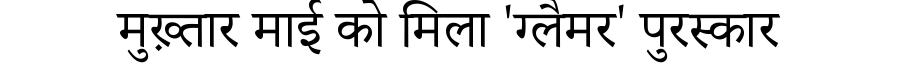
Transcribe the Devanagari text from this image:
मुख़्तार माई को मिला 'ग्लैमर' पुरस्कार